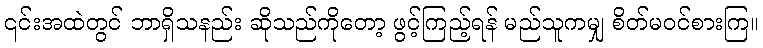
၎င်းအထဲတွင် ဘာရှိသနည်း ဆိုသည်ကိုတော့ ဖွင့်ကြည့်ရန် မည်သူကမျှ စိတ်မဝင်စားကြ။